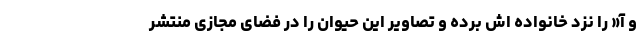
و آ« را نزد خانواده اش برده و تصاویر این حیوان را در فضای مجازی منتشر